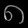
Digit: ၈